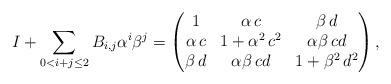
LaTeX: \begin{align*} I+\sum_{0< i+j\le 2} B_{i,j} \alpha^i \beta^j = \begin{pmatrix} 1 & \alpha \, c & \beta\, d \\ \alpha \, c & 1+\alpha^2 \, c^2 & \alpha \beta\, cd \\ \beta \, d & \alpha\beta \, cd & 1+\beta^2 \, d^2 \end{pmatrix},\end{align*}